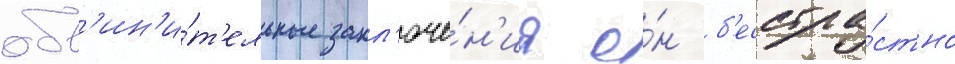
обв'ин'и́т'ельные закл'юче́н'иа о́н б'есстра́стно